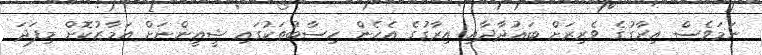
ނަމަވެސް އިރާގުގެ ވެރިރަށް ބަޣުދާދާއި އިރާގުގެ އެހެން ހިސާބުތަކުގައި ޝީއީންނަށް އަމާޒުކޮށް މިފަދަ